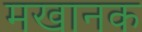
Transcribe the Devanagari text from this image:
मखानक